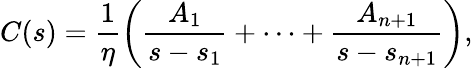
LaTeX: C(s)=\frac{1}{\eta}\left(\frac{A_{1}}{s-s_{1}}+\cdots+\frac{A_{n+1}}{s-s_{n+1}}\right),